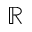
\mathbb { R }